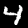
Label: 4